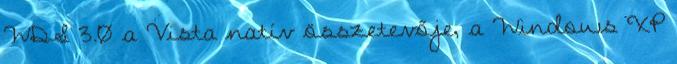
WDS 3.0 a Vista natív összetevője, a Windows XP